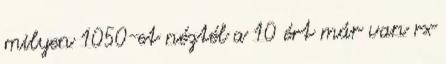
milyen 1050-et néztél a 10 ért már van rx